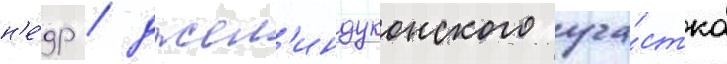
н'е́др / джел'индуконского уча́стка